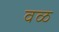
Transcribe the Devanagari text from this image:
वळ